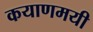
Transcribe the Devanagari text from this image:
कयाणमयी